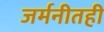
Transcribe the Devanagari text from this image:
जर्मनीतही